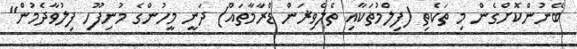
ބޭނުންކޮށްގެން މި ތަކެތި (ފިލްމުތަކާއި ތެލެވިޜަން ޑްރާމާތައް) ދަނީ މީހުންގެ މުނިފޫހި ފިލުވާދެމުން"